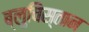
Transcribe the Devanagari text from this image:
ब्लुचिस्तान